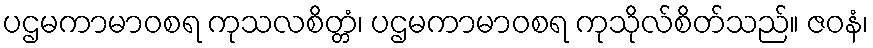
ပဌမကာမာဝစရ ကုသလစိတ္တံ၊ ပဌမကာမာဝစရ ကုသိုလ်စိတ်သည်။ ဇဝနံ၊